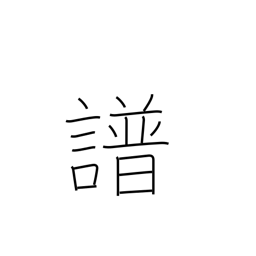
Meaning: music